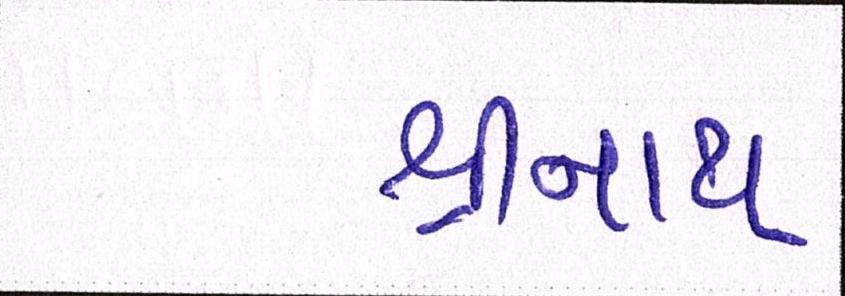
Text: શ્રીનાથ